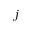
j